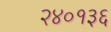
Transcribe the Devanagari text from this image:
२४०१३६